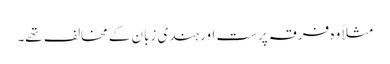
مثلاً وہ فرقہ پرست اور ہندی زبان کے مخالف تھے۔